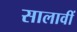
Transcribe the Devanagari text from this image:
सालावीं